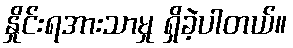
နှိုင်းရအားသာမှု ရှိခဲ့ပါတယ်။